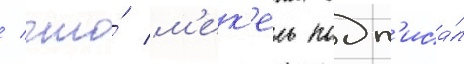
/ что́ м'ек'ель подп'иса́л